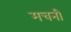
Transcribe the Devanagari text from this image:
मचनी